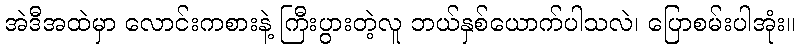
အဲဒီအထဲမှာ လောင်းကစားနဲ့ ကြီးပွားတဲ့လူ ဘယ်နှစ်ယောက်ပါသလဲ၊ ပြောစမ်းပါအုံး။